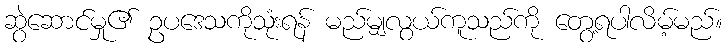
ဆွဲဆောင်မှု၏ ဥပဒေသကိုသုံးရန် မည်မျှလွယ်ကူသည်ကို တွေ့ရပါလိမ့်မည်။